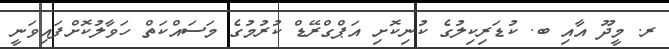
ރ. މީދޫ އާއި ބ. ކުޑަރިކިލުގެ ކުނިކޮށި އަޕްގްރޭޑް ކުރުމުގެ މަސައްކަތް ހަވާލުކޮށްފައިވަނީ